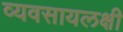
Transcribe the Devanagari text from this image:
व्यवसायलक्षी